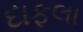
દાફલા